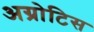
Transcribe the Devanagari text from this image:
अग्रोटिस